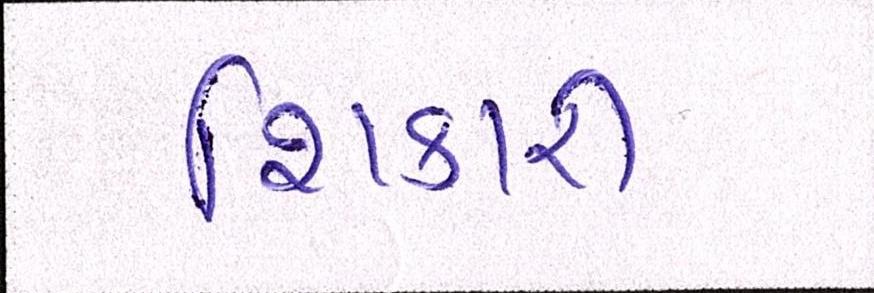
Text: શિકારી